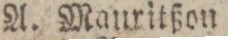
A. Mauritßon,